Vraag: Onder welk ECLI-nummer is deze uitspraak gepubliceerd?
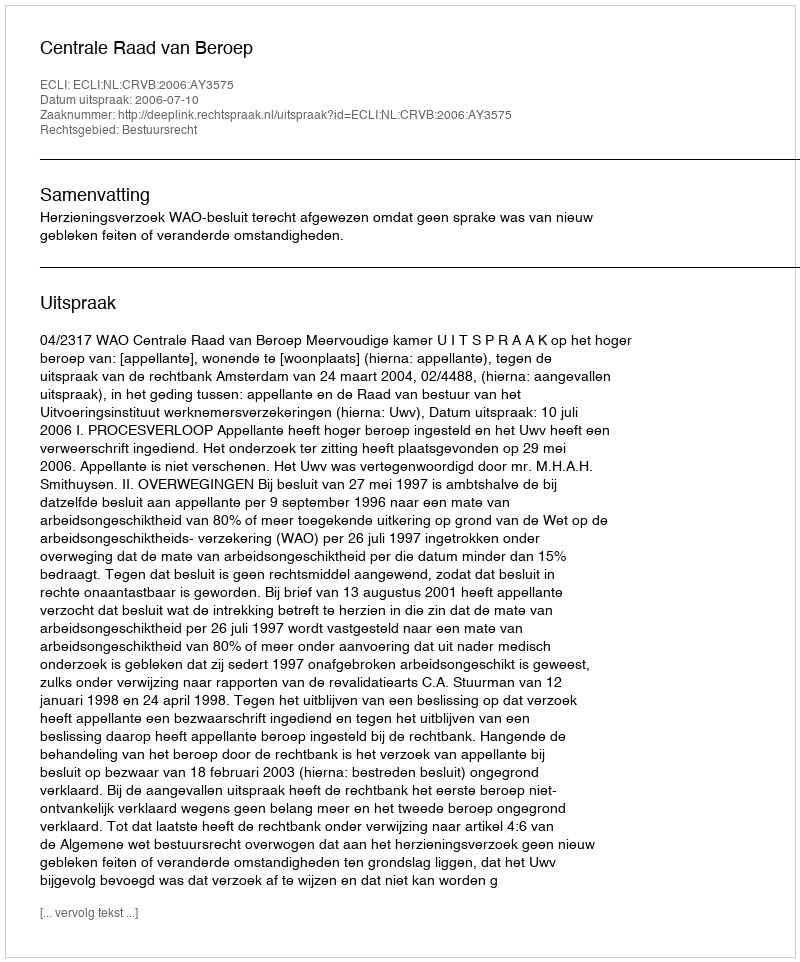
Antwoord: ECLI:NL:CRVB:2006:AY3575